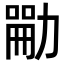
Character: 𪟣